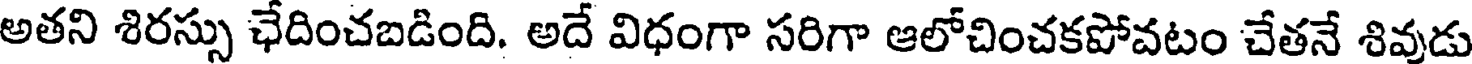
అతని శిరస్సు ఛేదించబడింది. అదే విధంగా సరిగా ఆలోచించకపోవటం చేతనే శివుడు